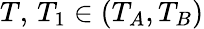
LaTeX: T,\, T_{1}\in(T_{A},T_{B})